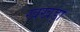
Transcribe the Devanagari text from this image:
खखड़ा